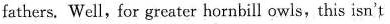
fathers. Well,for greater hornbill owls,this isn't